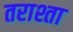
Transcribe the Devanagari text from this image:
तराश्ता